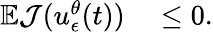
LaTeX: \begin{array}{rl}{\mathbb{E}\mathcal{J}(u_{\epsilon}^{\theta}(t))}&{{}\leq 0.}\end{array}